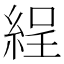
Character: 𦀚